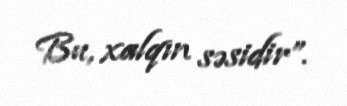
Bu, xalqın səsidir”.